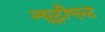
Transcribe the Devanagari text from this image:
न्यूट्रीएन्ट